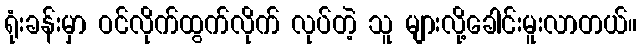
ရုံးခန်းမှာ ဝင်လိုက်ထွက်လိုက် လုပ်တဲ့ သူ များလို့ခေါင်းမူးလာတယ်။